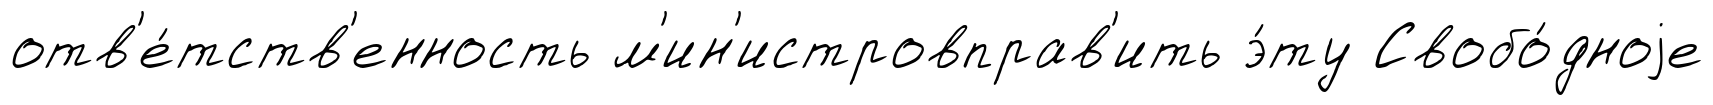
отв'е́тств'енность м'ин'истровправ'ить э́ту Свобо́дноjе